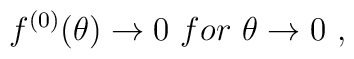
f^{(0)}(\theta)\to 0 \  for \ \theta\to 0 \ ,